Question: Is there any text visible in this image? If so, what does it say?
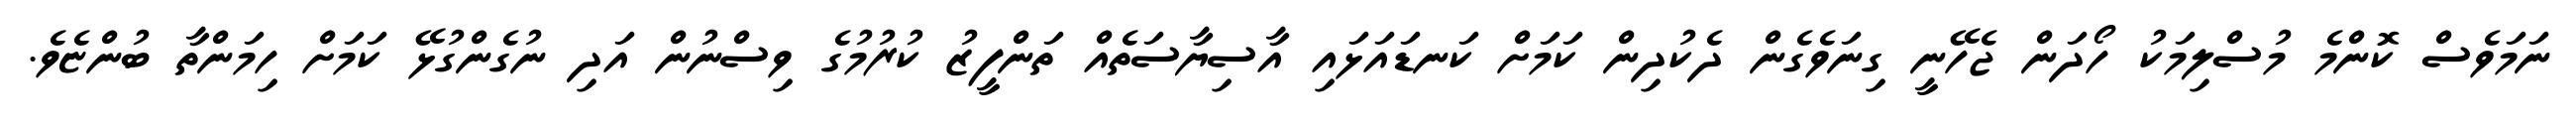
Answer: ނަމަވެސް ކޮންމެ މުސްލިމަކު ހޯދަން ޖެހޭނީ ގިނަވެގެން ދެކުދިން ކަމަށް ކަނޑައަޅައި އާސިޔާސަތެއް ތަންފީޒު ކުރުމުގެ ވިސްނުން އަދި ނުގެންގުޅޭ ކަމަށް ހިމަންތާ ބުންޏެވެ.